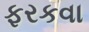
ફરકવા